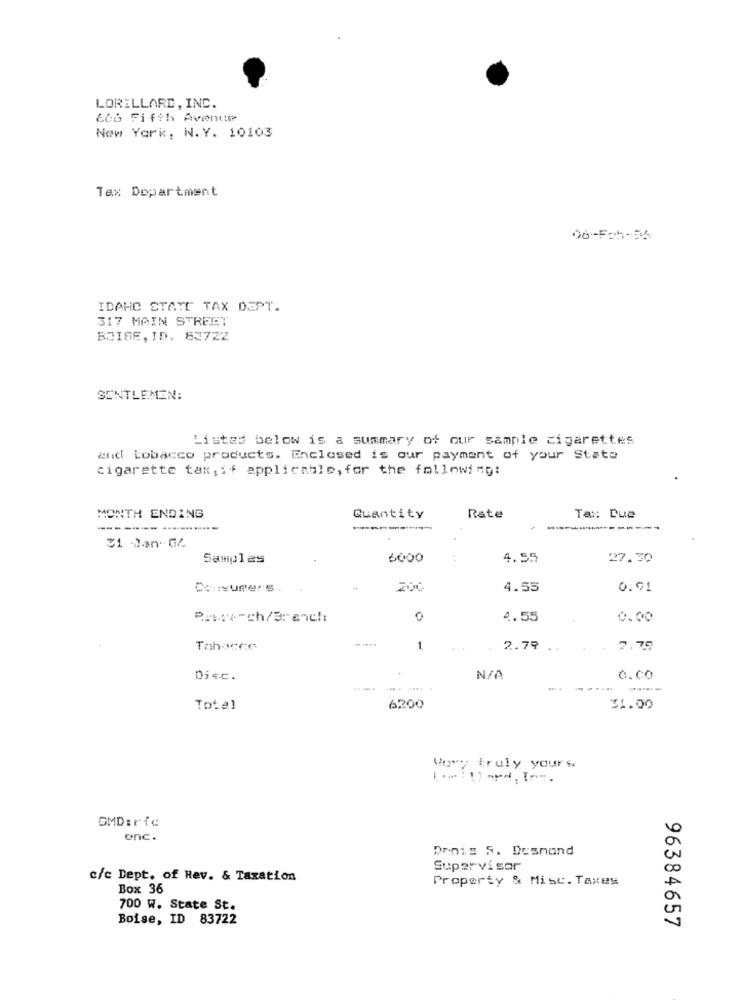
LORILLARD, INC.
&&6 Fifth Avenue
New York, N. Y. 10103
Tax Department
06-Fch-35
IDAHO STATE TAX DEPT.
317 MAIN STREET
BOISE, ID. 83722
GENTLEMEN:
Listed below is a summary of our sample cigarettes
andi tobacco products. Enclosed is our payment of your State
cigarette tax,if applicable, for the following:
MONTH ENDING
Quantity
Rate
Tax: Due
----
Samples
6000
4.55
27.30
200
4.55
0.01
Brnoe-ch/Branch
4.55
0.00
Tabacco
1
2.79 ..
7.75
Disc.
c.CO
... .....
Totel
6200
31.00
Wow truly yours
GMD:rfe
enc.
Denis S. Desmond
Supervisar
c/c Dept. of Rev. & Taxation
Property & Misc. Taxes
Box 36
700 W. State St.
Boise, ID 83722
96384657